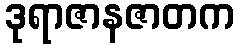
ဒုရာဇာနဇာတက